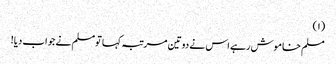
(١)
مسلم خاموش رہے اس نے دوتین مرتبہ کہا تومسلم نے جواب دیا!